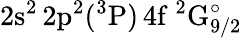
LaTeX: \mathrm{2s^{2}\, 2p^{2}(^{3}P)\, 4f~^{2}G_{9/2}^{\circ}}